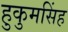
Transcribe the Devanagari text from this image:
हुकुमसिंह